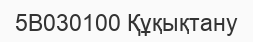
5В030100 Құқықтану